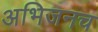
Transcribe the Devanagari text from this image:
अभिजनच